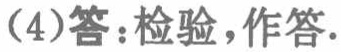
(4)答：检验，作答.